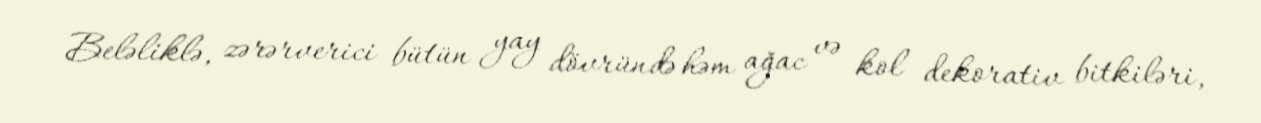
Beləliklə, zərərverici bütün yay dövründə həm ağac və kol dekorativ bitkiləri,